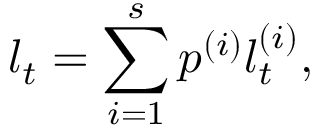
l _ { t } = \sum _ { i = 1 } ^ { s } p ^ { ( i ) } l _ { t } ^ { ( i ) } ,